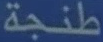
طنجة